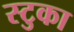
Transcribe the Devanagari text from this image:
स्टुका